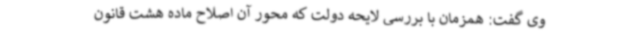
وی گفت: همزمان با بررسی لایحه دولت که محور آن اصلاح ماده هشت قانون